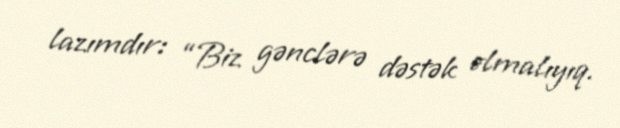
lazımdır: “Biz gənclərə dəstək olmalıyıq.